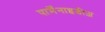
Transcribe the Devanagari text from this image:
पार्मेंनाइडीज़